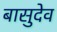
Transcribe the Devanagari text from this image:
बासुदेव